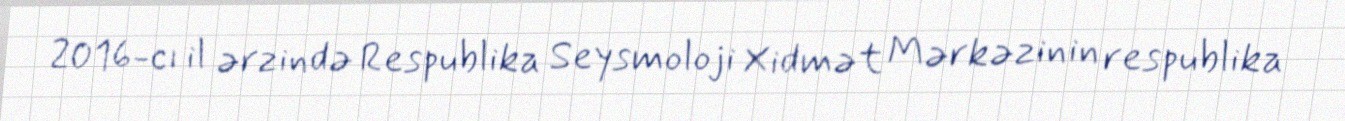
2016-cı il ərzində Respublika Seysmoloji Xidmət Mərkəzinin respublika